Leprosy in India: report of the Leprosy Commission in India, 1890-91
Year: 1890
Disease focus: Leprosy
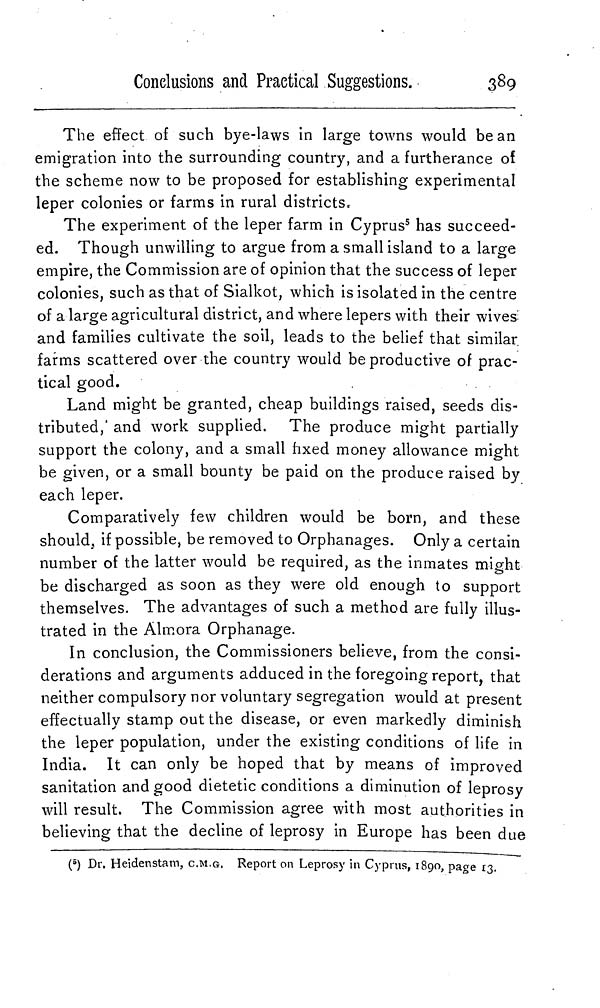
Conclusions and Practical Suggestions.
389
The effect of such bye-laws in large towns would be an
emigration into the surrounding country, and a furtherance of
the scheme now to be proposed for establishing experimental
leper colonies or farms in rural districts«
The experiment of the leper farm in Cyprus 5 has succeed-
ed. Though unwilling to argue from a small island to a large
empire, the Commission are of opinion that the success of leper
colonies, such as that of Sialkot, which is isolated in the centre
of a large agricultural district, and where lepers with their wives
and families cultivate the soil, leads to the belief that similar
farms scattered over the country would be productive of prac-
tical good.
Land might be granted, cheap buildings raised, seeds dis-
tributed,' and work supplied. The produce might partially
support the colony, and a small fixed money allowance might
be given, or a small bounty be paid on the produce raised by
each leper.
Comparatively few children would be born, and these
should, if possible, be removed to Orphanages. Only a certain
number of the latter would be required, as the inmates might
be discharged as soon as they were old enough to support
themselves. The advantages of such a method are fully illus-
trated in the Almora Orphanage.
In conclusion, the Commissioners believe, from the consi-
derations and arguments adduced in the foregoing report, that
neither compulsory nor voluntary segregation would at present
effectually stamp out the disease, or even markedly diminish
the leper population, under the existing conditions of life in
India. It can only be hoped that by means of improved
sanitation and good dietetic conditions a diminution of leprosy
will result. The Commission agree with most authorities in
believing that the decline of leprosy in Europe has been due
( 5 ) Dr. Heidenstam, C.M.G. Report on Leprosy in Cyprus, 1890, page 13.